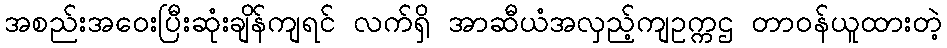
အစည်းအဝေးပြီးဆုံးချိန်ကျရင် လက်ရှိ အာဆီယံအလှည့်ကျဥက္ကဌ တာဝန်ယူထားတဲ့